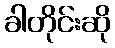
ခါတိုင်းဆို